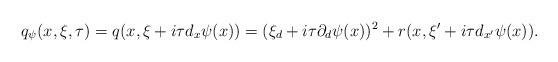
LaTeX: \begin{align*} q_\psi (x,\xi, \tau)= q(x,\xi + i \tau d_x \psi(x)) = (\xi_d + i \tau \partial_d \psi(x))^2 + r(x,\xi' + i \tau d_{x'} \psi(x)). \end{align*}